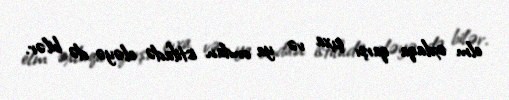
elm əxlaqa qarşı çıxa və ya ondan istifadə eləyə də bilər.